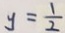
y = \frac { 1 } { 2 }